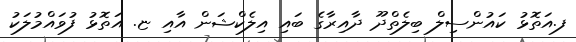
ފ.އަތޮޅު ކައުންސިލް ބިލެތްދޫ ދާއިރާގެ ބައި އިލެކްޝަން އާއި ޏ. އަތޮޅު ފުވައްމުލަކު